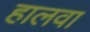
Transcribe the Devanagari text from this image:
हालवा